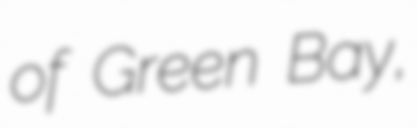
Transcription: of Green Bay,